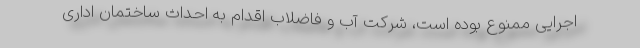
اجرایی ممنوع بوده است، شرکت آب و فاضلاب اقدام به احداث ساختمان اداری